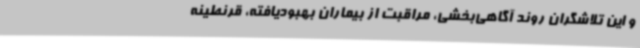
و این تلاشگران روند آگاهی‌بخشی، مراقبت از بیماران بهبودیافته، قرنطینه